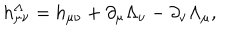
LaTeX: h _ { \mu \nu } ^ { \Lambda } = h _ { \mu \nu } + \partial _ { \mu } \Lambda _ { \nu } - \partial _ { \nu } \Lambda _ { \mu } ,